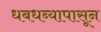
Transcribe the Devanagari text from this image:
धबधब्यापासून